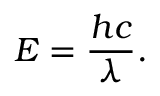
E = { \frac { h c } { \lambda } } .